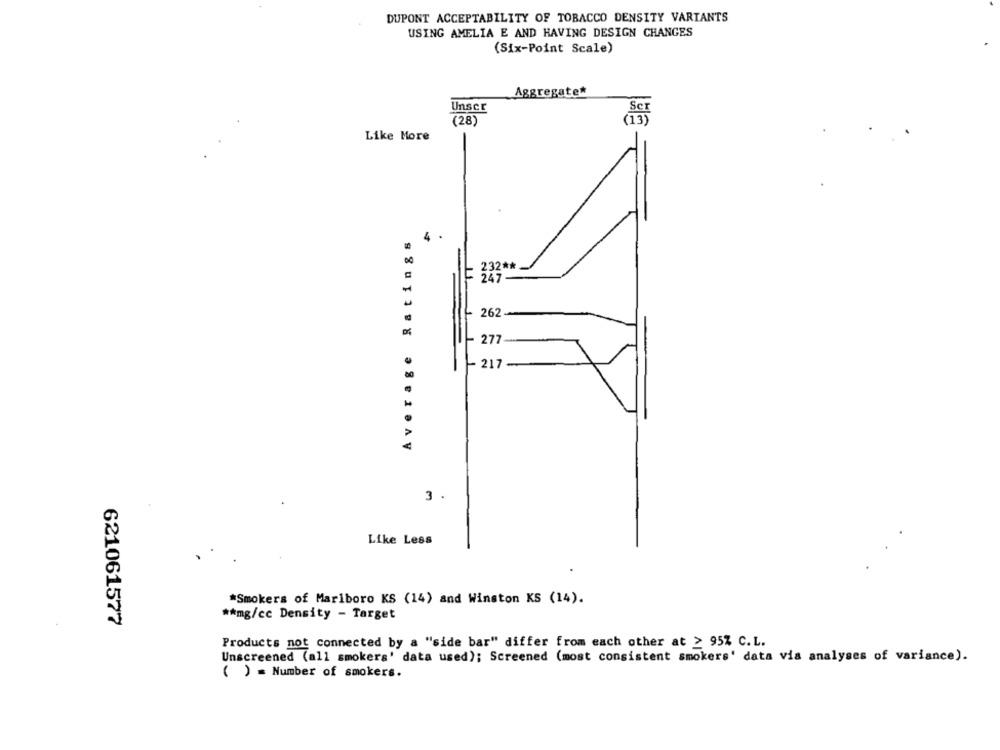
DUPONT ACCEPTABILITY OF TOBACCO DENSITY VARIANTS
USING AMELIA E AND HAVING DESIGN CHANGES
(Six-Point Scale)
Aggregate*
Unser
(28)
Like More
Ratings
4
-
232 **
247
262.
Average
277
217
3 .
Like Less
*Smokers of Marlboro KS (14) and Winston KS (14).
** mg/cc Density - Target
621061577
Products not connected by a "side bar" differ from each other at ≥ 95% C.L.
Unscreened (all smokers' data used); Screened (most consistent smokers' data via analyses of variance).
( ) = Number of smokers.